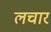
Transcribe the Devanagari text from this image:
लचार